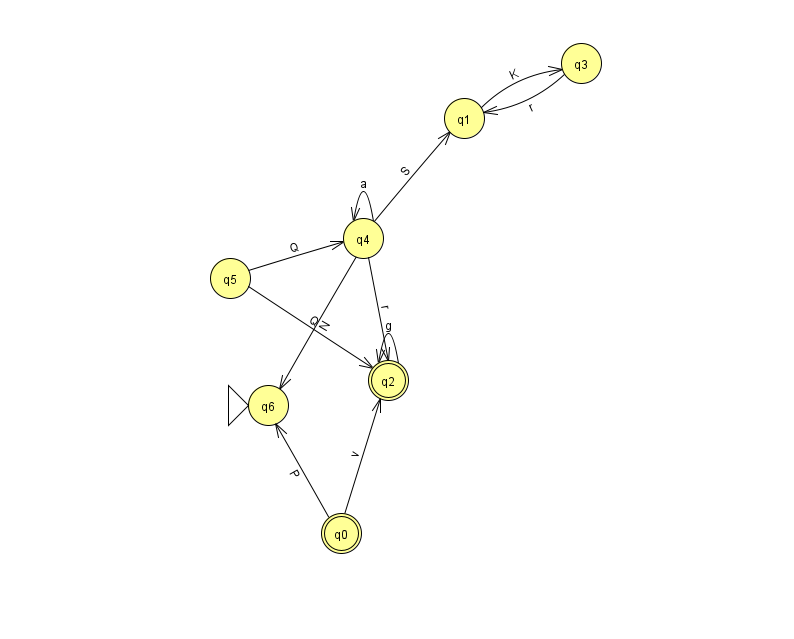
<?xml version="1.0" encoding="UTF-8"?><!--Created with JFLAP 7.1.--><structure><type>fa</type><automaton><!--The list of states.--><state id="0" name="q0"><x>341.0</x><y>520.0</y><final/></state><state id="1" name="q1"><x>464.0</x><y>105.0</y></state><state id="2" name="q2"><x>388.0</x><y>367.0</y><final/></state><state id="3" name="q3"><x>581.0</x><y>50.0</y></state><state id="4" name="q4"><x>363.0</x><y>225.0</y></state><state id="5" name="q5"><x>230.0</x><y>265.0</y></state><state id="6" name="q6"><x>268.0</x><y>392.0</y><initial/></state><!--The list of transitions.--><transition><from>4</from><to>4</to><read>a</read></transition><transition><from>0</from><to>2</to><read>v</read></transition><transition><from>5</from><to>4</to><read>Q</read></transition><transition><from>1</from><to>3</to><read>K</read></transition><transition><from>4</from><to>6</to><read>N</read></transition><transition><from>2</from><to>2</to><read>g</read></transition><transition><from>4</from><to>2</to><read>r</read></transition><transition><from>5</from><to>2</to><read>Q</read></transition><transition><from>3</from><to>1</to><read>r</read></transition><transition><from>4</from><to>1</to><read>S</read></transition><transition><from>0</from><to>6</to><read>P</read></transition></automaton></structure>